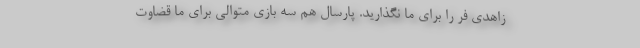
زاهدی فر را برای ما نگذارید. پارسال هم سه بازی متوالی برای ما قضاوت